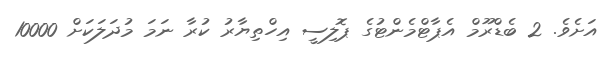
އަށެވެ. 2 ބެޑްރޫމް އެޕާޓްމެންޓުގެ ޕޮލިސީ އިހްތިޔާރު ކުރާ ނަމަ މުދަލަކަށް 10000